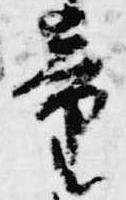
童